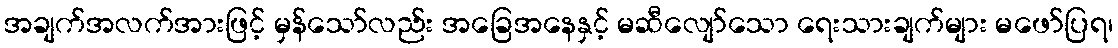
အချက်အလက်အားဖြင့် မှန်သော်လည်း အခြေအနေနှင့် မဆီလျော်သော ရေးသားချက်များ မဖော်ပြရ၊